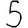
Digit: 5